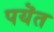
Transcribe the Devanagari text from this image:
पयॆत